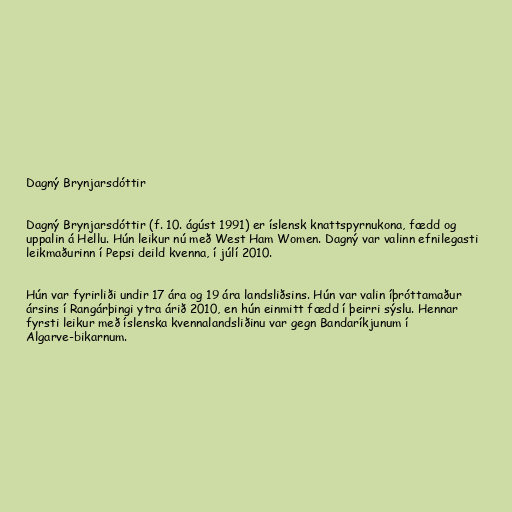
Dagný Brynjarsdóttir

Dagný Brynjarsdóttir (f. 10. ágúst 1991) er íslensk knattspyrnukona, fædd og
uppalin á Hellu. Hún leikur nú með West Ham Women. Dagný var valinn efnilegasti
leikmaðurinn í Pepsi deild kvenna, í júlí 2010.

Hún var fyrirliði undir 17 ára og 19 ára landsliðsins. Hún var valin íþróttamaður
ársins í Rangárþingi ytra árið 2010, en hún einmitt fædd í þeirri sýslu. Hennar
fyrsti leikur með íslenska kvennalandsliðinu var gegn Bandaríkjunum í
Algarve-bikarnum.